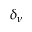
\delta _ { \nu }